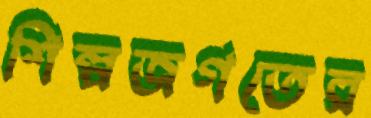
শিল্পজগতের